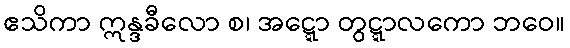
ဧသိကာ ဣန္ဒခီလော စ၊ အဋ္ဋော တွဋ္ဋာလကော ဘဝေ။